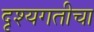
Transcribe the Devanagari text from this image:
दृश्यगतीचा